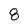
Character: 8